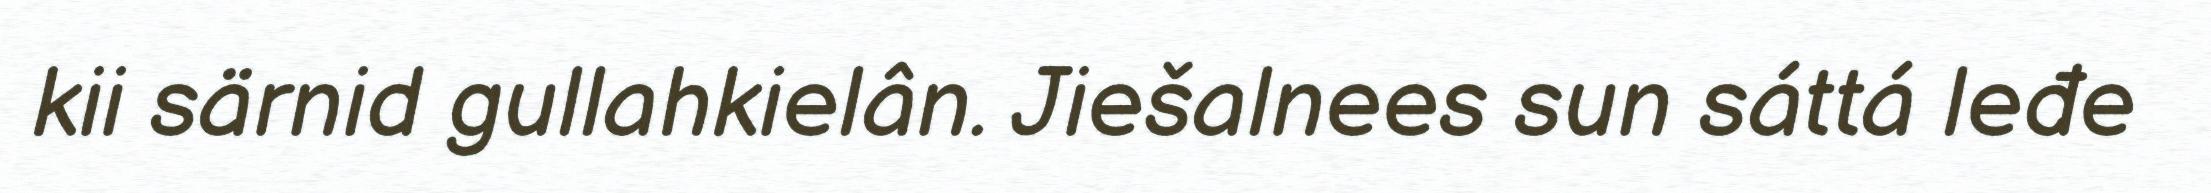
kii särnid gullahkielân. Jiešalnees sun sáttá leđe